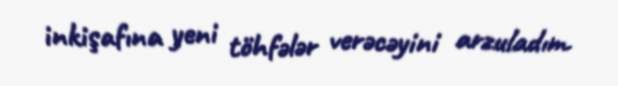
inkişafına yeni töhfələr verəcəyini arzuladım.